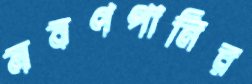
লবণপানির